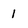
Character: 1